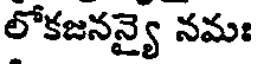
లోకజనన్యై నమః